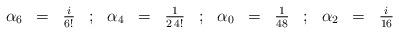
LaTeX: \begin{align*}\begin{array}{rclcrclcrclcrcl}\alpha_6 & = & \frac{i}{6!} &;&\alpha_4 & = & \frac{1}{2 \, 4!} &;&\alpha_0 & = & \frac{1}{48} &;&\alpha_2 & = & \frac{i}{16}\end{array}\end{align*}